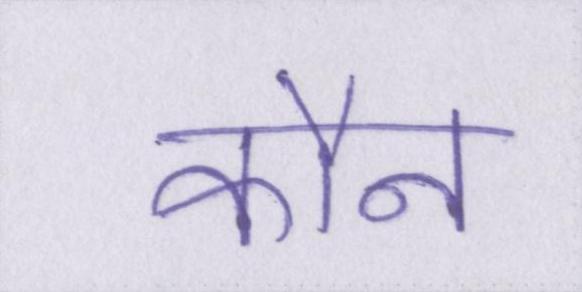
कौन